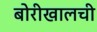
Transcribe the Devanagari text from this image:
बोरीखालची